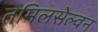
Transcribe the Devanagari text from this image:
तमिलसेल्वन